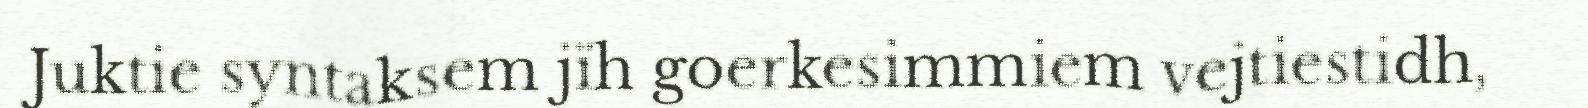
Juktie syntaksem jïh goerkesimmiem vejtiestidh,